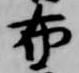
布